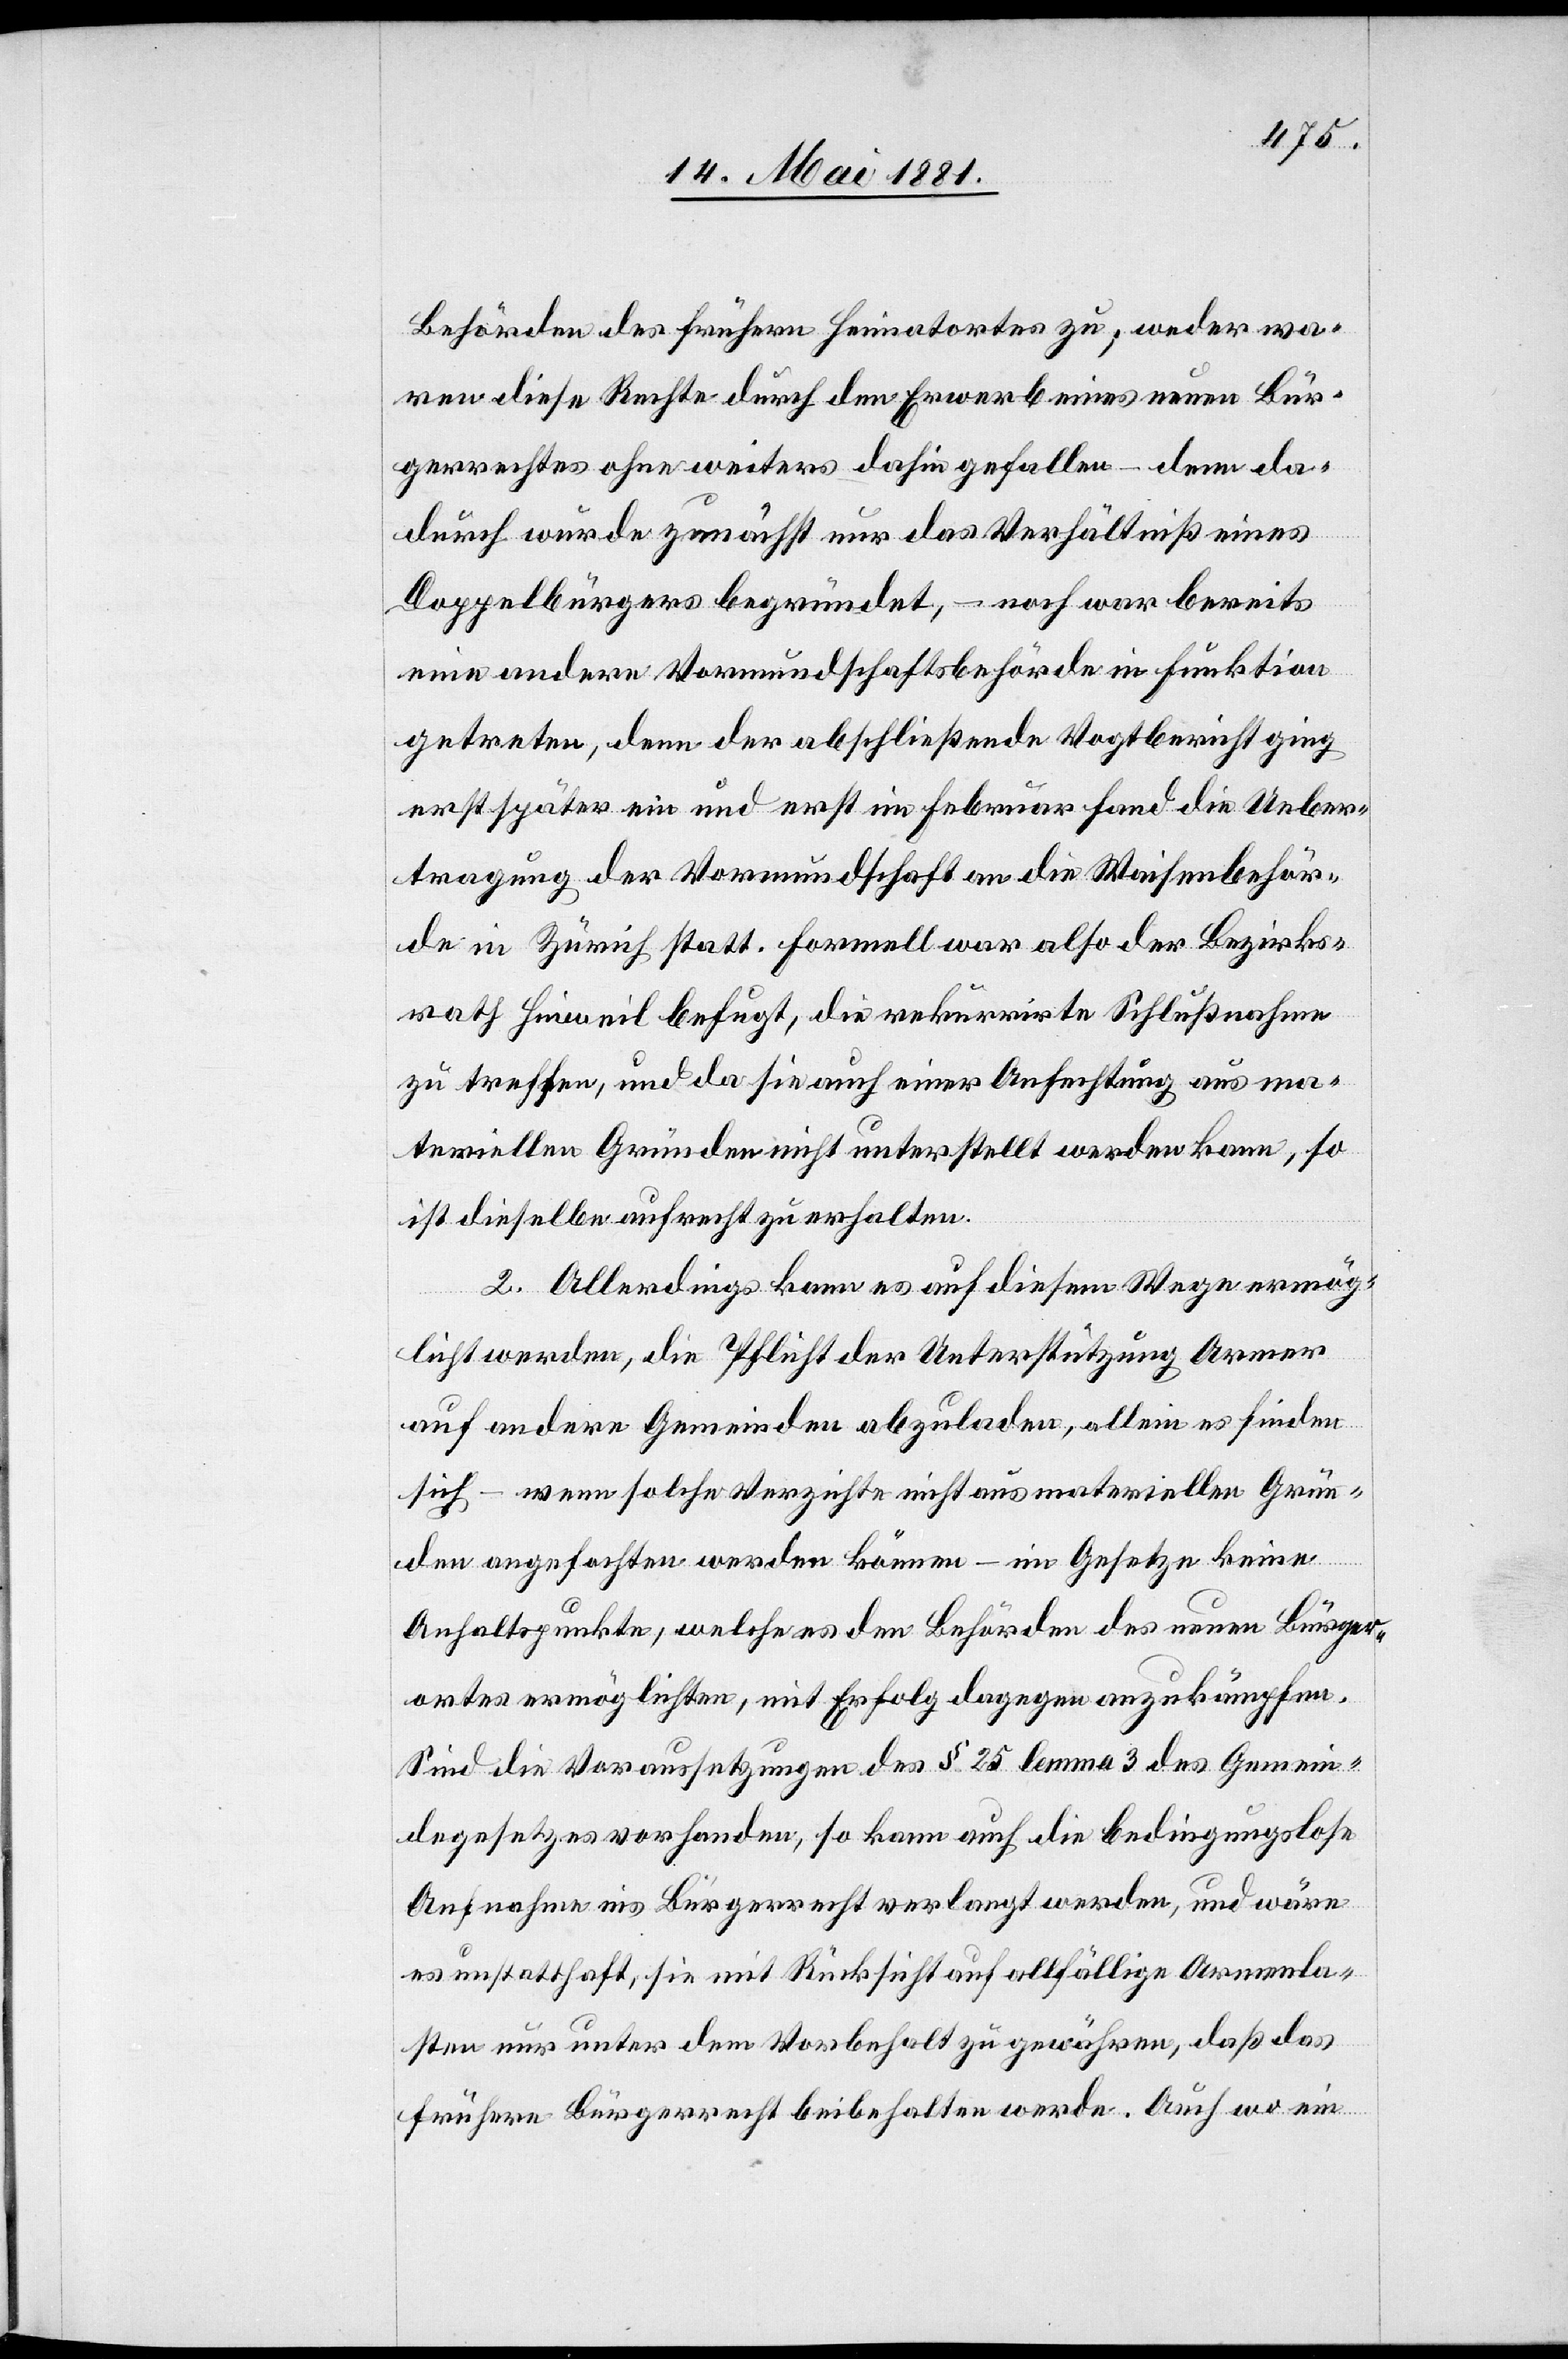
Behörden des frühern Heimatortes zu; weder wa¬
ren diese Rechte durch den Erwerb eines neuen Bür¬
gerrechtes ohne weiteres dahin gefallen – denn da¬
durch wurde zunächst nur das Verhältniß eines
Doppelbürgers begründet, – noch war bereits
eine andere Vormundschaftsbehörde in Funktion
getreten, denn der abschließende Vogtbericht ging
erst später ein und erst im Februar fand die Ueber¬
tragung der Vormundschaft an die Waisenbehör¬
de in Zürich statt. Formell war also der Bezirks¬
rath Hinweil befugt, die rekurrirte Schlußnahme
zu treffen, und da hin auch einer Anfechtung aus ma¬
teriellen Gründen nicht unterstellt werden kann, so
ist dieselbe aufrecht zu erhalten.
2. Allerdings kann es auf diesem Wege ermög¬
licht werden, die Pflicht der Unterstützung Armer
auf andere Gemeinden abzuladen, allein es finden
sich – wenn solche Verzichte nicht aus materiellen Grün¬
den angefochten werden können – im Gesetze keine
Anhaltspunkte, welche es den Behörden des neuen Bürger¬
ortes ermöglichten, mit Erfolg dagegen anzukämpfen.
Sind die Voraussetzungen des § 25 lemma 3 des Gemein¬
degesetzes vorhanden, so kann auch die bedingungslose
Aufnahme ins Bürgerrecht verlangt werden, und wäre
es unstatthaft, sie mit Rücksicht auf allfällige Armenla¬
sten nur unter dem Vorbehalt zu gewähren, daß das
frühere Bürgerrecht beibehalten werde. Auch wo ein